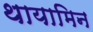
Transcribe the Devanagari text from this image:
थायामिन